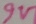
Text: 9V